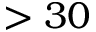
> 3 0